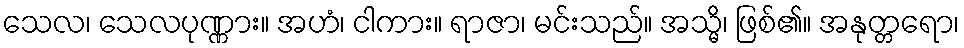
သေလ၊ သေလပုဏ္ဏား။ အဟံ၊ ငါကား။ ရာဇာ၊ မင်းသည်။ အသ္မိ၊ ဖြစ်၏။ အနုတ္တရော၊